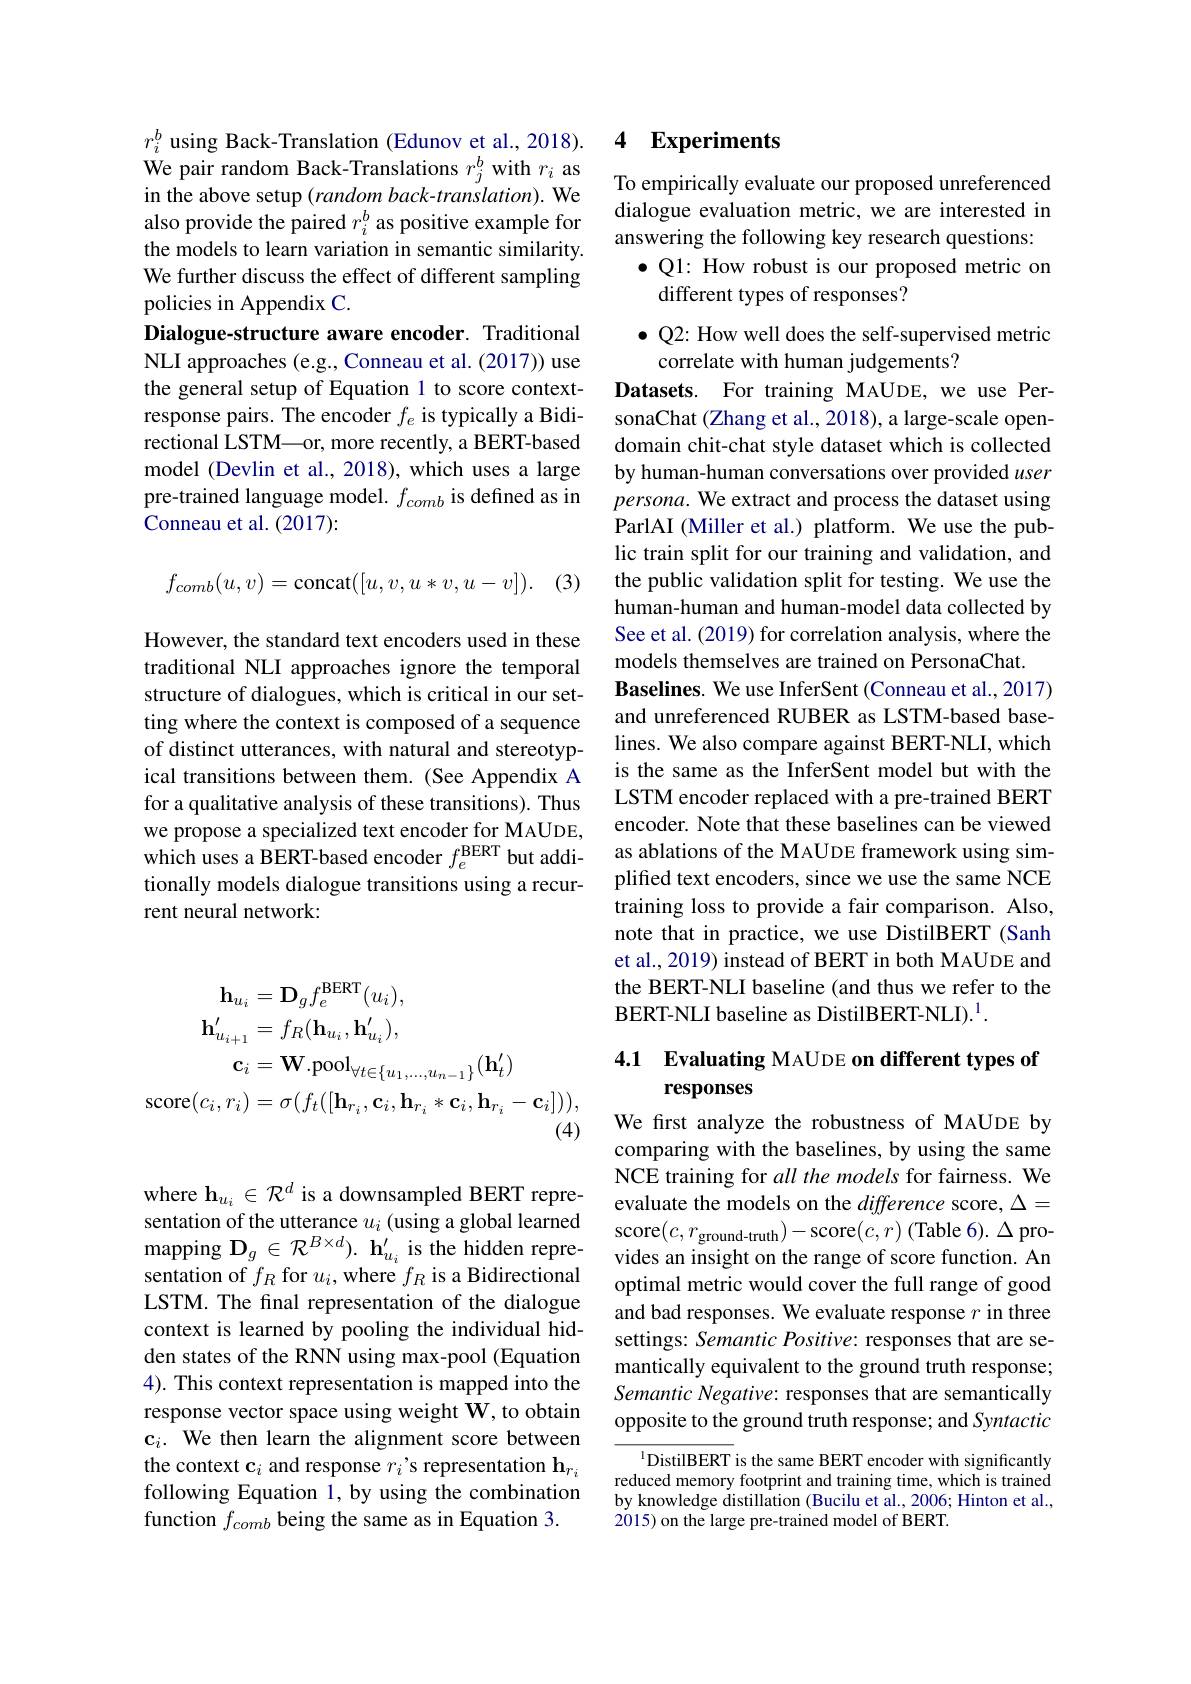
$$\begin{aligned}\mathbf{h}_{u_{i}}&=\mathbf{D}_{g}f_{e}^{\mathrm{BERT}}(u_{i}),\\\mathbf{h}_{u_{i+1}}^{\prime}&=f_{R}(\mathbf{h}_{u_{i}},\mathbf{h}_{u_{i}}^{\prime}),\\\mathbf{c}_{i}&=\mathbf{W}.\mathrm{pool}_{\forall t\in\{u_{1},\ldots,u_{n-1}\}}(\mathbf{h}_{t}^{\prime})\\\mathrm{score}(c_{i},r_{i})&=\sigma(f_{t}([\mathbf{h}_{r_{i}},\mathbf{c}_{i},\mathbf{h}_{r_{i}}*\mathbf{c}_{i},\mathbf{h}_{r_{i}}-\mathbf{c}_{i}])),\end{aligned}$$
where h$u_i\in\mathcal{R}^d$ is a downsampled BERT representation of $f_R$ for $u_i$,where $f_R$ is a Bidirectional LSTM. The final representation of the dialogue context is learned by pooling the individual hidden states of the RNN using max-pool (Equation 4). This context representation is mapped into the response vector space using weight W, to obtain c$_i.$ We then learn the alignment score between the context $\mathbf{c}_i$ and response $r_i’$s representation h$_r_i$ following Equation 1, by using the combination function $f_{comb}$ being the same as in Equation 3.

$r_i^b$ using Back-Translation (Edunov et al., 2018). We pair random Back-Translations $r_j^b$ with $r_i$ as in the above setup (random back-translation). We also provide the paired $r_i^b$ as positive example for the models to learn variation in semantic similarity. We further discuss the effect of different sampling policies in Appendix C.
Dialogue-structure aware encoder. Traditional NLI approaches (e.g., Conneau et al. (2017)) use the general setup of Equation 1 to score contextresponse pairs. The encoder $f_e$ is typically a Bidirectional LSTM—or, more recently, a BERT-based model (Devlin et al., 2018), which uses a large pre-trained language model. $f_comb$ is defined as in Conneau et al. (2017):

(3)
$$f_{comb}(u,v)=\text{concat}([u,v,u*v,u-v]).$$
However, the standard text encoders used in these traditional NLI approaches ignore the temporal structure of dialogues, which is critical in our setting where the context is composed of a sequence of distinct utterances, with natural and stereotypical transitions between them. (See Appendix A for a qualitative analysis of these transitions). Thus we propose a specialized text encoder for MAUDE, which uses a BERT-based encoder $f_e^\mathrm{BERT}$ but additionally models dialogue transitions using a recurrent neural network:

## 4 Experiments

To empirically evaluate our proposed unreferenced dialogue evaluation metric, we are interested in answering the following key research questions: $\bullet$ Q1: How robust is our proposed metric on
different types of responses?

$\bullet$ Q2: How well does the self-supervised metric
correlate with human judgements?

Datasets. For training MAUDE, we use PersonaChat (Zhang et al., 2018), a large-scale opendomain chit-chat style dataset which is collected by human-human conversations over provided user persona. We extract and process the dataset using ParlAI (Miller et al.) platform. We use the public train split for our training and validation, and the public validation split for testing. We use the human-human and human-model data collected by See et al. (2019) for correlation analysis, where the models themselves are trained on PersonaChat.
Baselines. We use InferSent (Conneau et al., 2017) and unreferenced RUBER as LSTM-based baselines. We also compare against BERT-NLI, which is the same as the InferSent model but with the LSTM encoder replaced with a pre-trained BERT encoder. Note that these baselines can be viewed as ablations of the MAUDE framework using simplified text encoders, since we use the same NCE training loss to provide a fair comparison. Also, note that in practice, we use DistilBERT (Sanh et al., 2019) instead of BERT in both MAUDE and the BERT-NLI baseline (and thus we refer to the BERT-NLI baseline as DistilBERT-NLI).$^{1}.$

## 4.1 Evaluating MAUDE on different types of responses

We first analyze the robustness of MAUDE by comparing with the baselines, by using the same NCE training for all the models for fairness. We evaluate the models on the difference score, $\Delta=$
sentation of the utterance $u_{i}\left ( \text{using a global learned}\right .$score$( c, r_{\text{ground- truth}}) -$score$( c, r) \left ( \text{Table 6}\right ) . \Delta$pro- $\text{mapping D}_{g}\in \mathcal{R} ^{B\times d}) .$ $\textbf{h}_{u_{i}}^{\prime }$ is the hidden repre- vides an insight on the range of score function. An
vides an insight on the range of score function. An optimal metric would cover the full range of good and bad responses. We evaluate response $r$ in three settings: Semantic Positive: responses that are semantically equivalent to the ground truth response; Semantic Negative: responses that are semantically opposite to the ground truth response; and Syntactic

$^{1}$DistilBERT is the same BERT encoder with significantly reduced memory footprint and training time, which is trained by knowledge distillation (Bucilu et al., 2006; Hinton et al., 2015) on the large pre-trained model of BERT.